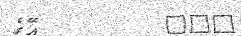
١٠١         އޭގެ